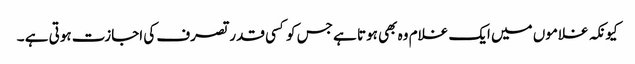
کیونکہ غلاموں میں ایک غلام وہ بھی ہوتا ہے جس کو کسی قدر تصرف کی اجازت ہوتی ہے ۔